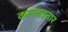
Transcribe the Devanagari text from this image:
कल्लाडनार